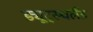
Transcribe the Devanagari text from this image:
ड्यूट्स्चलैंड